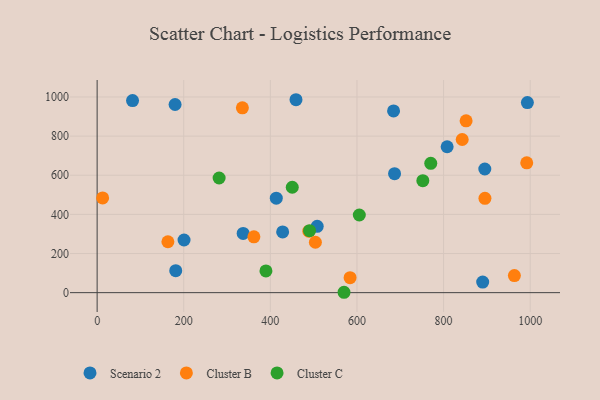
{"axis": {"x": "Study Hours", "y": "Yield"}, "legend": ["Cluster B", "Cluster C", "Scenario 2"], "data": [{"x": "895.2", "y": 632.1, "type": "Scenario 2"}, {"x": "413.7", "y": 483.1, "type": "Scenario 2"}, {"x": "459.2", "y": 986.1, "type": "Scenario 2"}, {"x": "684.5", "y": 929.0, "type": "Scenario 2"}, {"x": "180.0", "y": 961.7, "type": "Scenario 2"}, {"x": "993.5", "y": 971.4, "type": "Scenario 2"}, {"x": "337.2", "y": 302.8, "type": "Scenario 2"}, {"x": "508.2", "y": 339.1, "type": "Scenario 2"}, {"x": "428.4", "y": 310.5, "type": "Scenario 2"}, {"x": "686.8", "y": 607.9, "type": "Scenario 2"}, {"x": "181.5", "y": 112.2, "type": "Scenario 2"}, {"x": "808.2", "y": 745.8, "type": "Scenario 2"}, {"x": "81.8", "y": 981.9, "type": "Scenario 2"}, {"x": "200.7", "y": 269.1, "type": "Scenario 2"}, {"x": "890.3", "y": 54.2, "type": "Scenario 2"}, {"x": "584.1", "y": 76.3, "type": "Cluster B"}, {"x": "843.0", "y": 782.9, "type": "Cluster B"}, {"x": "12.7", "y": 484.2, "type": "Cluster B"}, {"x": "963.5", "y": 87.3, "type": "Cluster B"}, {"x": "335.4", "y": 944.9, "type": "Cluster B"}, {"x": "362.0", "y": 285.5, "type": "Cluster B"}, {"x": "852.0", "y": 878.5, "type": "Cluster B"}, {"x": "163.4", "y": 260.1, "type": "Cluster B"}, {"x": "992.0", "y": 663.5, "type": "Cluster B"}, {"x": "504.0", "y": 257.6, "type": "Cluster B"}, {"x": "895.5", "y": 482.0, "type": "Cluster B"}, {"x": "488.8", "y": 314.4, "type": "Cluster B"}, {"x": "281.7", "y": 585.9, "type": "Cluster C"}, {"x": "490.5", "y": 316.9, "type": "Cluster C"}, {"x": "752.1", "y": 572.3, "type": "Cluster C"}, {"x": "770.4", "y": 660.8, "type": "Cluster C"}, {"x": "605.4", "y": 397.0, "type": "Cluster C"}, {"x": "570.1", "y": 1.9, "type": "Cluster C"}, {"x": "389.8", "y": 110.9, "type": "Cluster C"}, {"x": "450.6", "y": 538.8, "type": "Cluster C"}]}